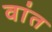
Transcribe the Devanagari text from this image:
वांत